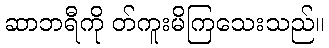
ဆာဘရီကို တ်ကူးမိကြသေးသည်။